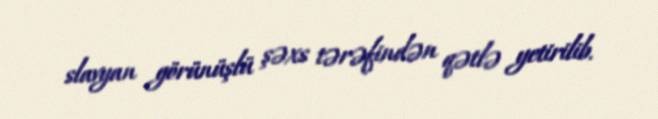
slavyan görünüşlü şəxs tərəfindən qətlə yetirilib.